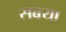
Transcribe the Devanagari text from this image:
सबया